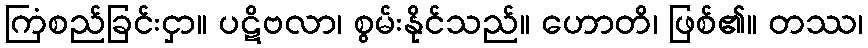
ကြံစည်ခြင်းငှာ။ ပဋိဗလာ၊ စွမ်းနိုင်သည်။ ဟောတိ၊ ဖြစ်၏။ တဿ၊